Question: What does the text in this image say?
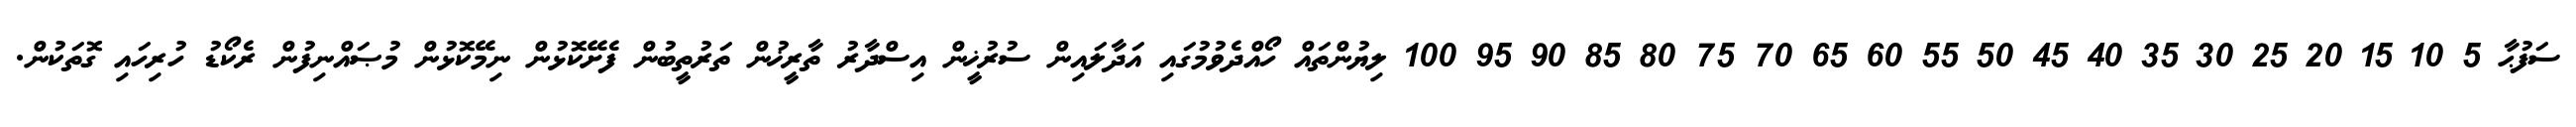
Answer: ސަފުޙާ 5 10 15 20 25 30 35 40 45 50 55 60 65 70 75 80 85 90 95 100 ލިޔުންތައް ހޯއްދެވުމުގައި އަދާލައިން ސުރުޚީން އިސްދާރު ތާރީޚުން ތަރުތީބުން ފެށޭކޮޅުން ނިމޭކޮޅުން މުޞައްނިފުން ރެކޯޑު ހުރިހައި ގޮތަކުން.